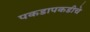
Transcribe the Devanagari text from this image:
पकडापकडीचे